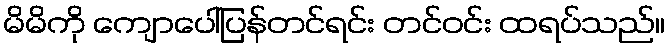
မိမိကို ကျောပေါ်ပြန်တင်ရင်း တင်ဝင်း ထရပ်သည်။